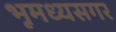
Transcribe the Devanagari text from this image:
भूमध्यसगर